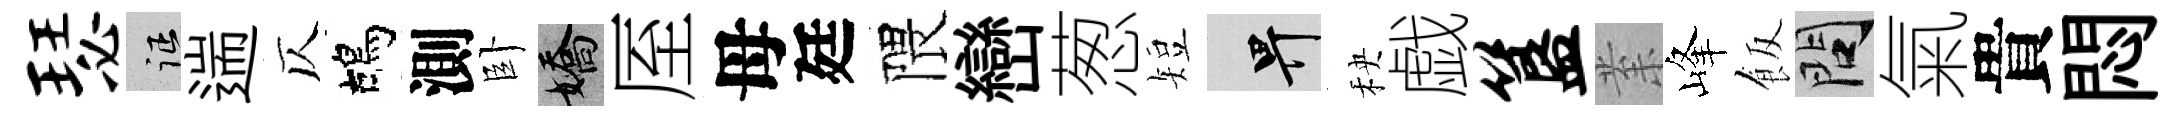
瑟征遄仄鴣測卧嬌厔母廷隈巒葱短畀秧戯簋𭪙峰飯問氣貴悶